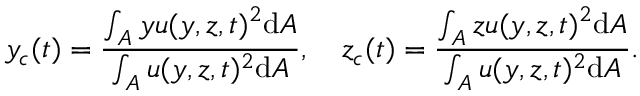
y _ { c } ( t ) = \frac { \int _ { A } y u ( y , z , t ) ^ { 2 } \mathrm { d } A } { \int _ { A } u ( y , z , t ) ^ { 2 } \mathrm { d } A } , ~ ~ ~ z _ { c } ( t ) = \frac { \int _ { A } z u ( y , z , t ) ^ { 2 } \mathrm { d } A } { \int _ { A } u ( y , z , t ) ^ { 2 } \mathrm { d } A } .